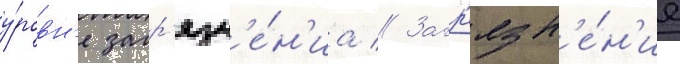
у́ровн'е загр'язн'е́н'иа // Загр'язн'е́н'ие